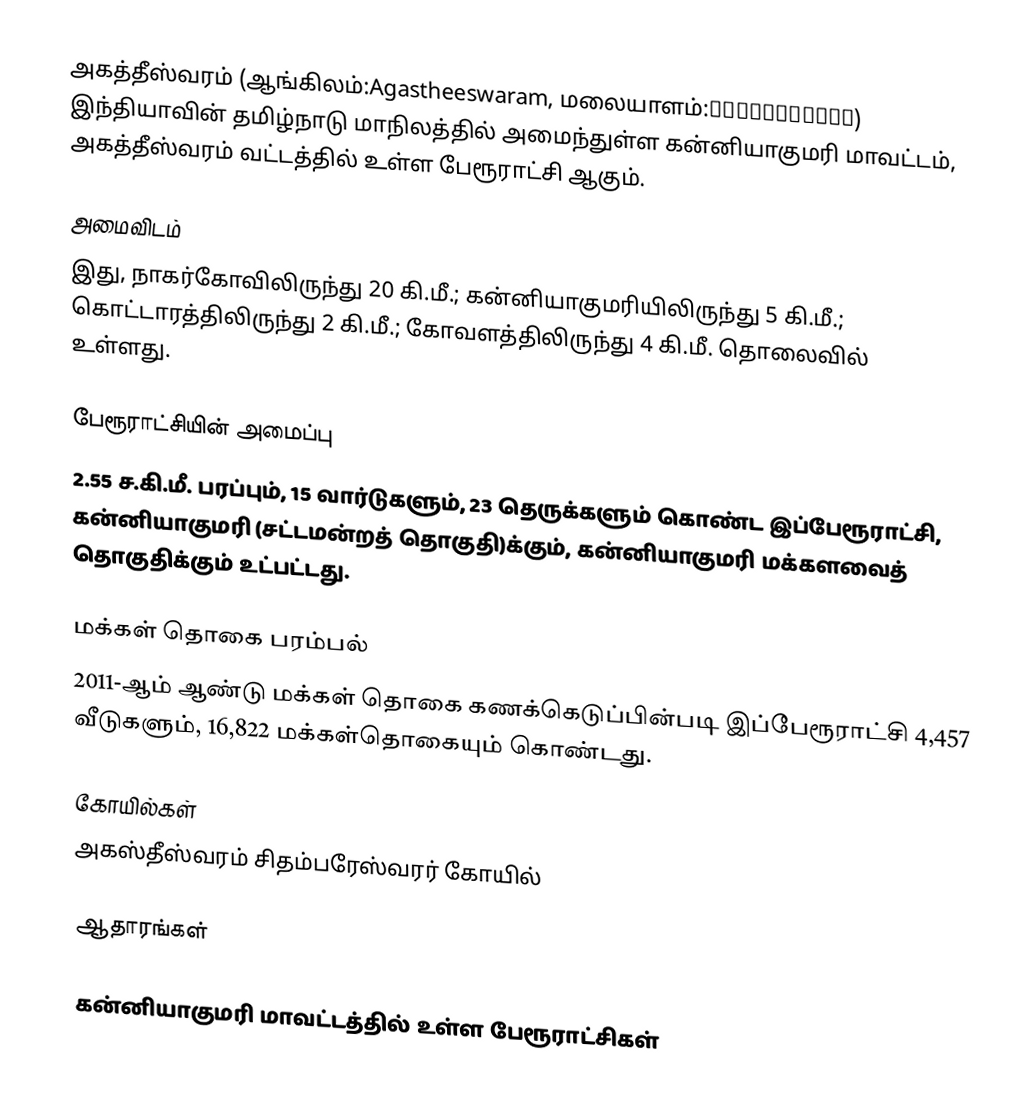
அகத்தீஸ்வரம் (ஆங்கிலம்:Agastheeswaram, மலையாளம்:അഗസ്തീശ്വരം) இந்தியாவின் தமிழ்நாடு மாநிலத்தில் அமைந்துள்ள கன்னியாகுமரி மாவட்டம், அகத்தீஸ்வரம் வட்டத்தில் உள்ள பேரூராட்சி ஆகும்.

அமைவிடம்
இது, நாகர்கோவிலிருந்து 20 கி.மீ.; கன்னியாகுமரியிலிருந்து 5 கி.மீ.; கொட்டாரத்திலிருந்து 2 கி.மீ.; கோவளத்திலிருந்து 4 கி.மீ. தொலைவில் உள்ளது.

பேரூராட்சியின் அமைப்பு
2.55 ச.கி.மீ. பரப்பும், 15  வார்டுகளும், 23 தெருக்களும் கொண்ட இப்பேரூராட்சி, கன்னியாகுமரி (சட்டமன்றத் தொகுதி)க்கும், கன்னியாகுமரி மக்களவைத் தொகுதிக்கும் உட்பட்டது.

மக்கள் தொகை பரம்பல்
2011-ஆம் ஆண்டு மக்கள் தொகை கணக்கெடுப்பின்படி  இப்பேரூராட்சி                           4,457 வீடுகளும்,  16,822 மக்கள்தொகையும் கொண்டது.

கோயில்கள்
 அகஸ்தீஸ்வரம் சிதம்பரேஸ்வரர் கோயில்

ஆதாரங்கள்

கன்னியாகுமரி மாவட்டத்தில் உள்ள பேரூராட்சிகள்